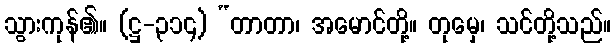
သွားကုန်၏။ (ဋ္ဌ-၃၁၄) “တာတာ၊ အမောင်တို့။ တုမှေ၊ သင်တို့သည်။